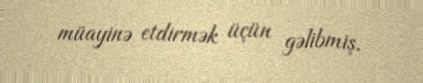
müayinə etdirmək üçün gəlibmiş.